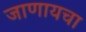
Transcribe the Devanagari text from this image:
जाणायचा